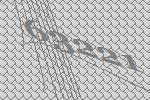
63221